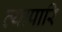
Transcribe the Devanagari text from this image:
व्यापारि